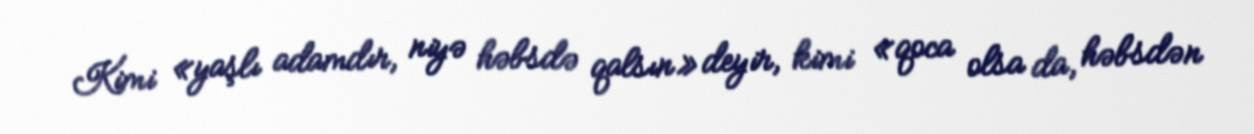
Kimi «yaşlı adamdır, niyə həbsdə qalsın» deyir, kimi «qoca olsa da, həbsdən